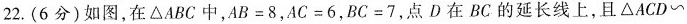
22.(6分)如图，在\triangle ABC中，$$AB=8$$，$$AC=6$$，$$BC=7$$，点D在BC的延长线上，且\triangle ACD~